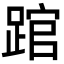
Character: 䠉